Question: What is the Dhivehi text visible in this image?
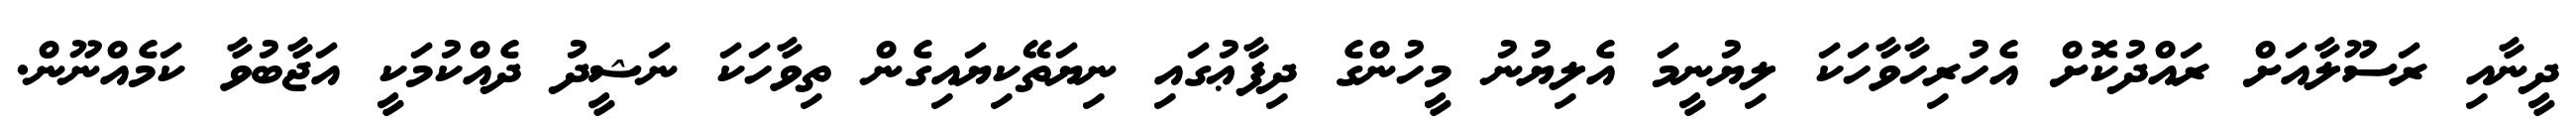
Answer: ދީނާއި ރަސޫލާއަށް ރައްދުކޮށް އެހުރިހާވާހަކަ ލިޔުނީމަ އެލިޔުނު މީހުންގެ ދިފާޢުގައި ނިޔަތޭކިޔައިގެން ތިވާހަކަ ނަޝީދު ދެއްކުމަކީ އަޖާބުވާ ކަމެއްނޫން.